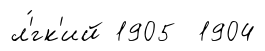
л'́гк'ий 1905 1904